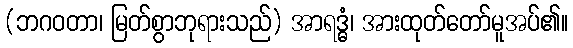
(ဘဂဝတာ၊ မြတ်စွာဘုရားသည်) အာရဒ္ဓံ၊ အားထုတ်တော်မူအပ်၏။